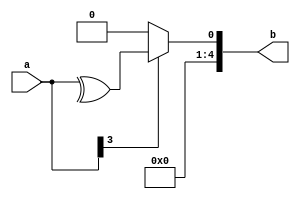
module mismatch(input [3:0] a, output [4:0] b);

  wire [2:0] tmp;

  assign tmp = ^a;

  assign b = a[3]? tmp : {6'b0};

endmodule